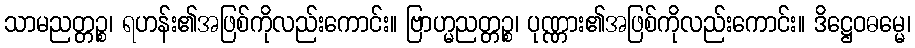
သာမညတ္တဉ္စ၊ ရဟန်း၏အဖြစ်ကိုလည်းကောင်း။ ဗြာဟ္မညတ္တဉ္စ၊ ပုဏ္ဏား၏အဖြစ်ကိုလည်းကောင်း။ ဒိဋ္ဌေဝဓမ္မေ၊